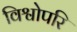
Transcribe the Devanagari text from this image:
विश्वोपरि